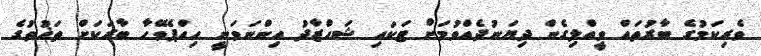
ވެރިކަމުގެ ބާރުތައް ވީއްލިގެން ދިޔަނުދެއްވުމަށް ޓަކައި ޝަހްޒާދު އިންނަވަނީ ހިއްޕެވޭހާ ބާރަކަށް ތަޚުތުގެ